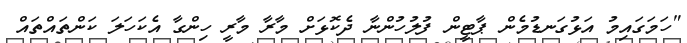
"ހަމަގައިމު އަޅުގަނޑުމެން ޕާޓީން ފުލުހުންނާ ދެކޮޅަށް މާރާ މާރީ ހިންގާ އެކަހަލަ ކަންތައްތައް